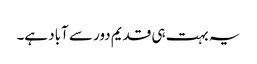
یہ بہت ہی قدیم دور سے آباد ہے۔